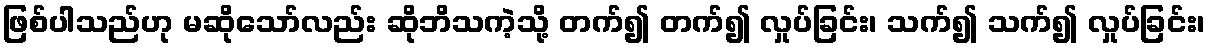
ဖြစ်ပါသည်ဟု မဆိုသော်လည်း ဆိုဘိသကဲ့သို့ တက်၍ တက်၍ လှုပ်ခြင်း၊ သက်၍ သက်၍ လှုပ်ခြင်း၊